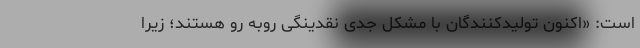
است: «اکنون تولیدکنندگان با مشکل جدی نقدینگی روبه رو هستند؛ زیرا